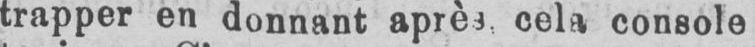
cela console